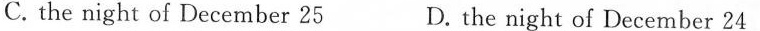
C.the night of December 25 D. the night of December 24